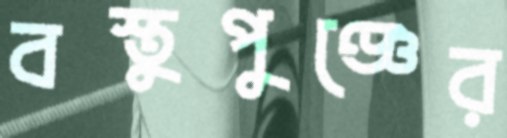
বস্তুপুঞ্জের